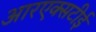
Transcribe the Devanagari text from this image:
आरएक्सटीई